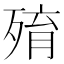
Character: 𣨧